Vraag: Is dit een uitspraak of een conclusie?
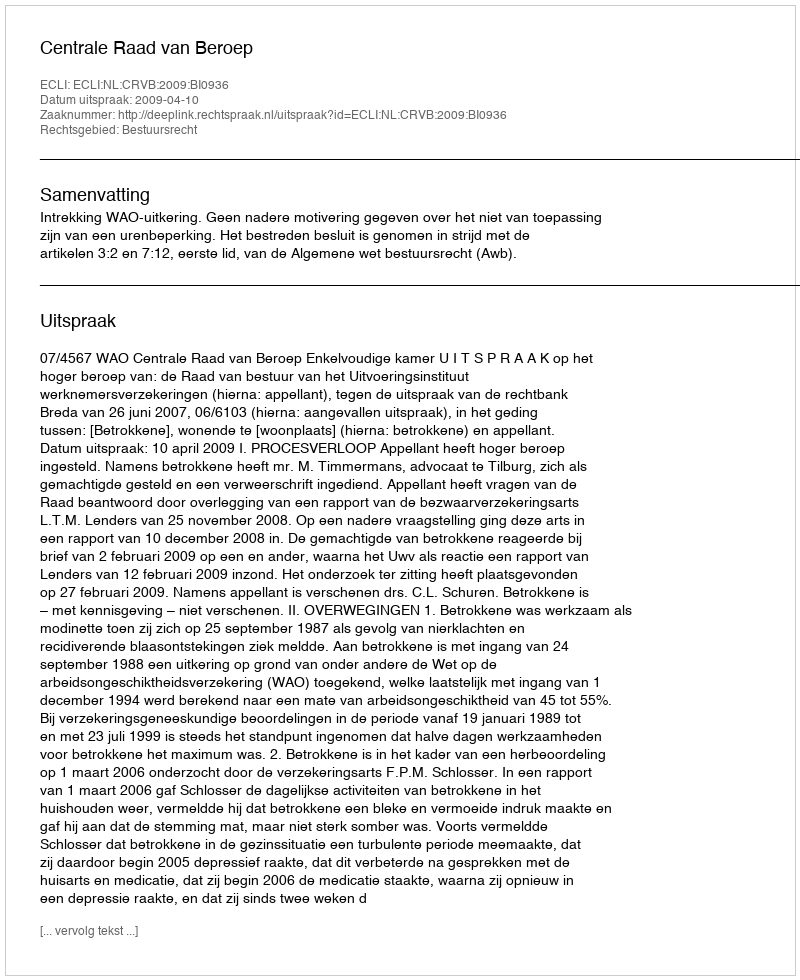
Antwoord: Uitspraak